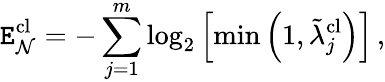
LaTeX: \mathtt{E}_{\mathcal{{N}}}^{\textrm{{cl}}}=-\sum_{j=1}^{m}\log_{2}\left[\operatorname*{min}\left(1,\tilde{{\lambda}}_{j}^{\textrm{{cl}}}\right)\right]\, ,